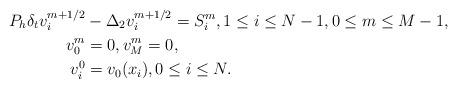
LaTeX: \begin{align*}P_h\delta_t v_i^{m+1/2} &- \Delta_{2} v_i^{m+1/2} = S_i^m, 1\le i \le N-1 , 0\le m\le M-1, \\v_0^m & = 0, v_M^m = 0, \\v_i^0 & = v_0(x_i) , 0 \le i \le N.\end{align*}